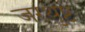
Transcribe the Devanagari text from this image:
जरथुष्ट